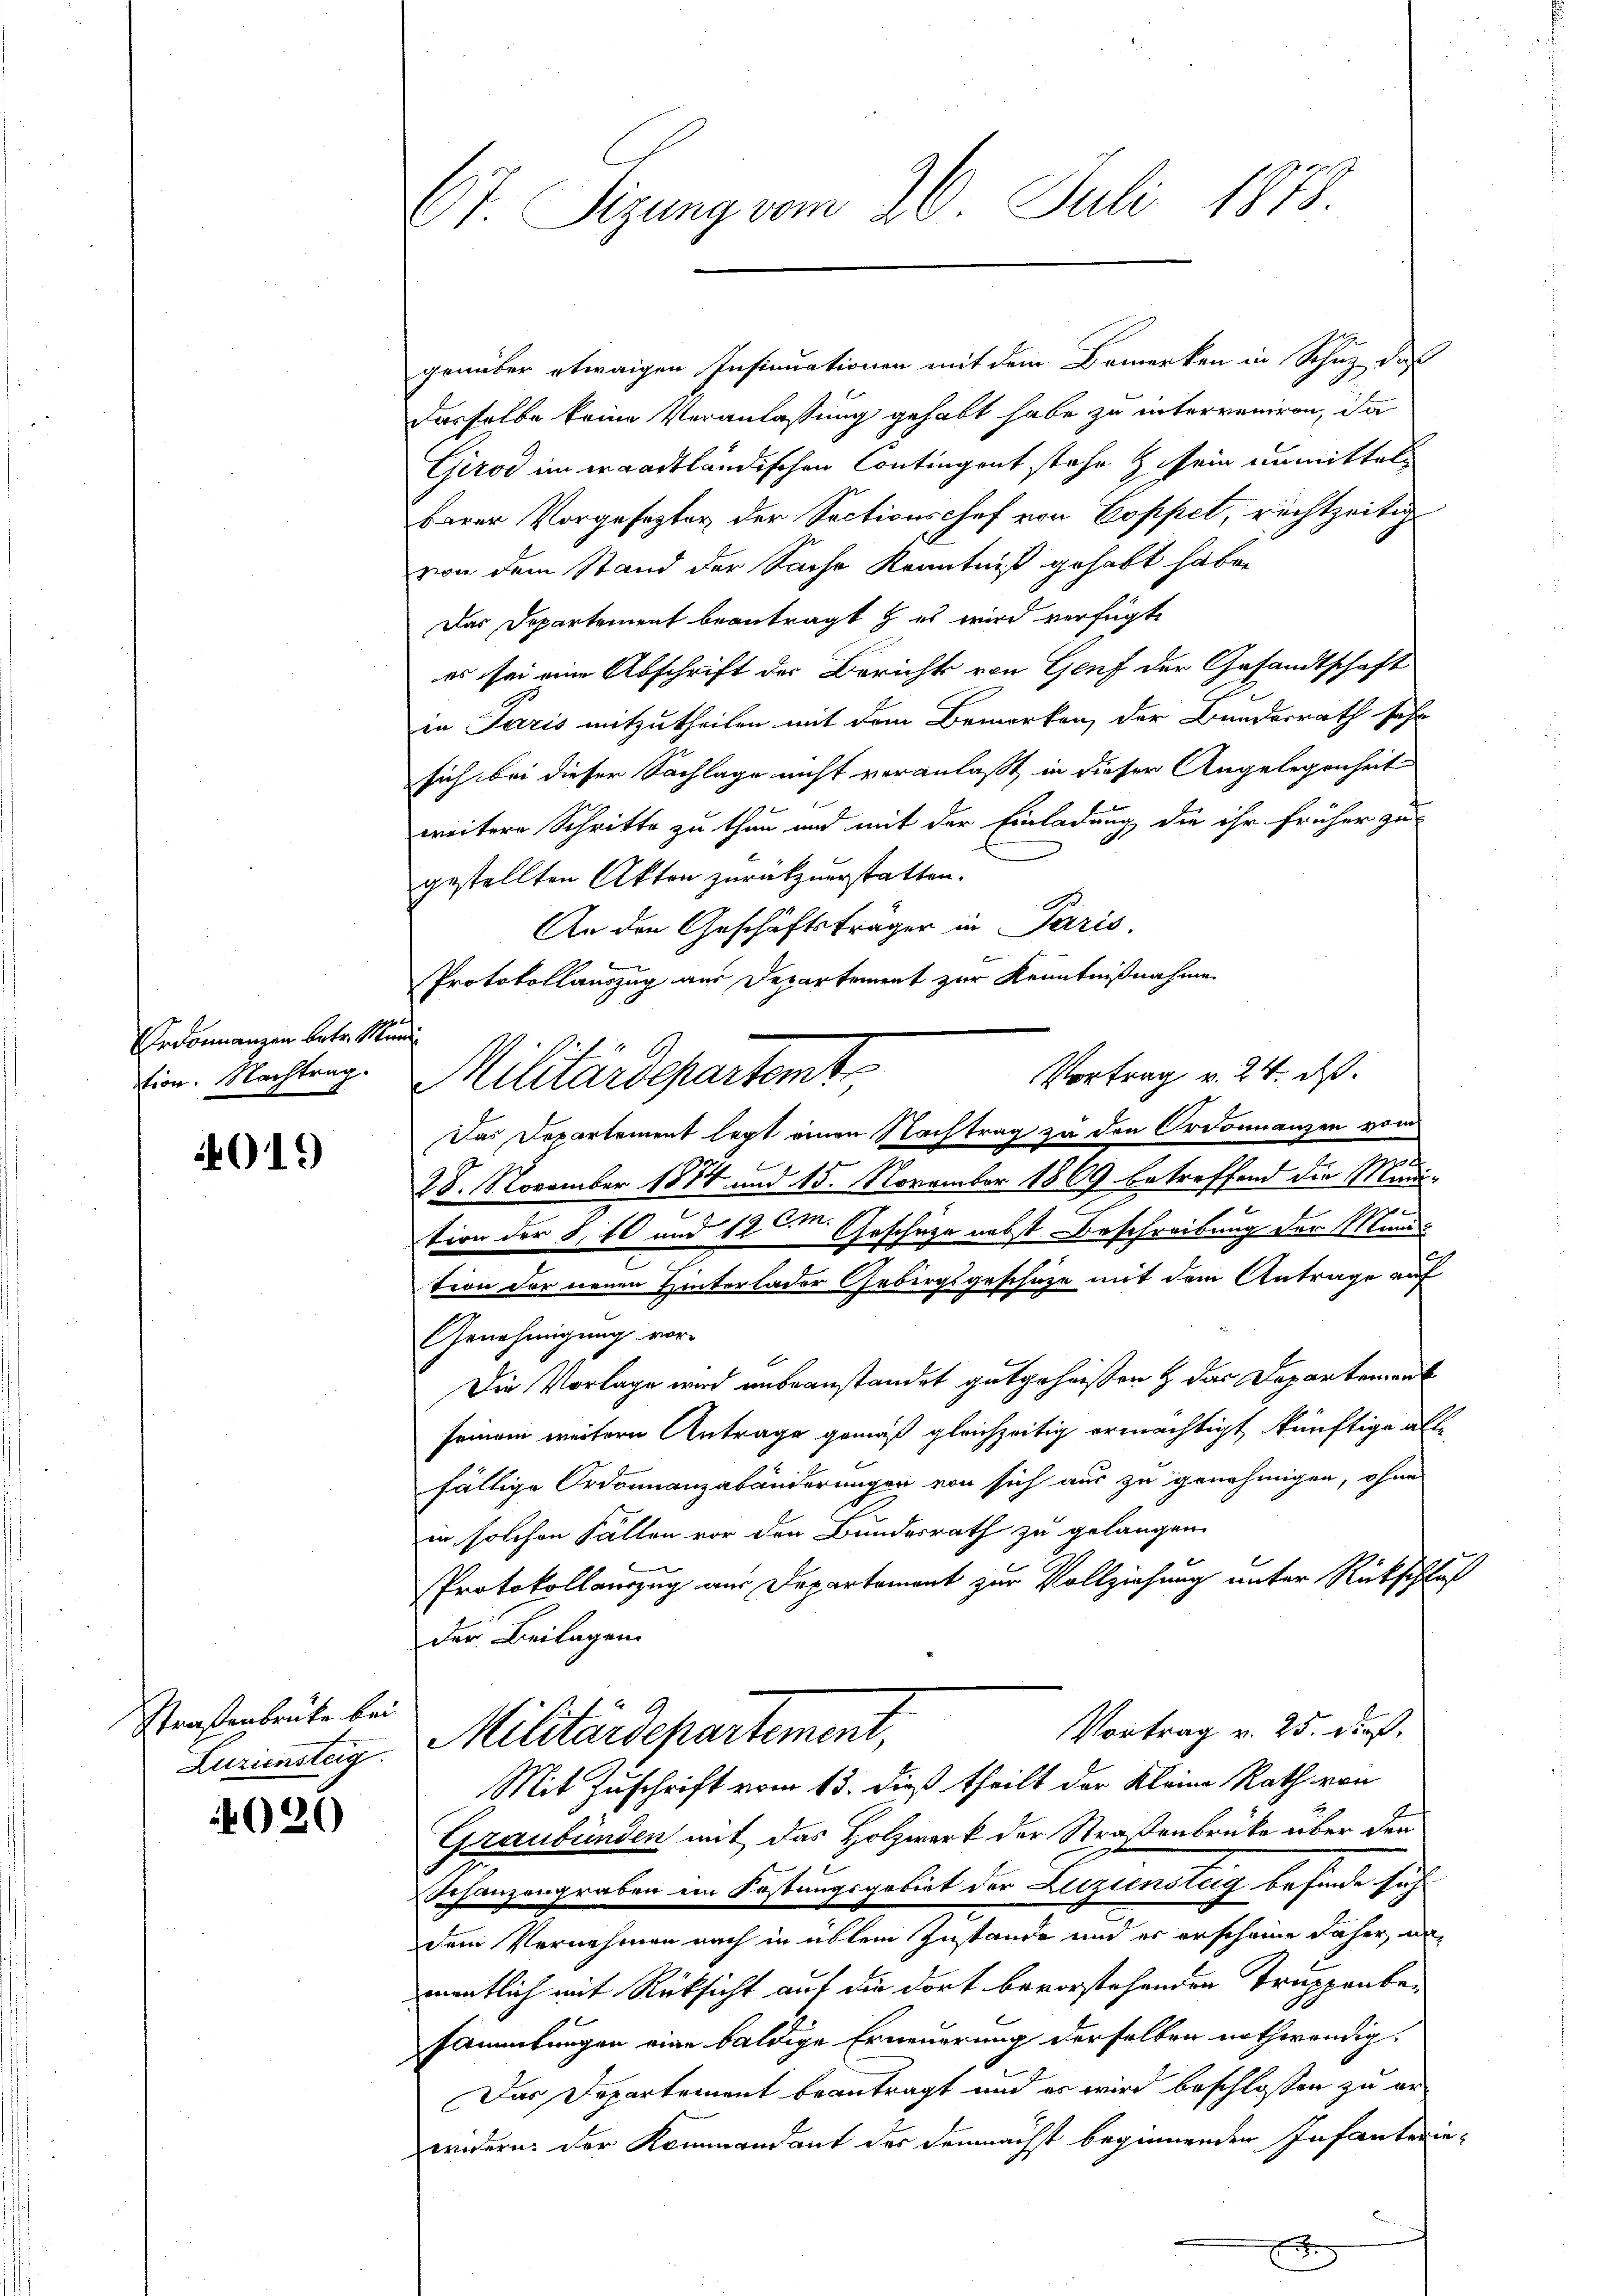
Ordonnanzen betr. Ma
tion. Nachtrag.

019

Straßenbrücke bei
Luriensteig.

1025

67. Segung vom 26. Juli 1878.

genüber etwaigen Insinuationen mit dem Bemerken in Schutz das
Dasselbe keine Veranlassung gehabt habe zu interveniren, da
Girod im eraadtländischen Contingent stehe z. sein unmittels
barer Vorgesezter der Sectionschef von Coppel, rechtzeitig
von dem Stand der Sache Kenntniß gehabt habe.
Das Departement beantragt & es wird verfügt
es sei eine Abschrift der Berichts von Genf der Gesandtschaft
in Paris mitzutheilen mit dem Bemerken, der Bundesrath sehr
sich bei dieser Sachlage nicht veranlaßt, in dieser Angelegenheit
weitere Schritte zu thun und mit der Einladung die ihr früher zu
gestellten Akten zurückzuerstatten.
An den Geschäftsträger in Paris
b
Protokollauszug aus Departement zur Kenntnißnahme
darf.
Das Departement legt einen Nachtrag zu den Ordonnanzen vom
6
28. November 1884 und 15. November 1869 betreffend die Munie

tion der S. 40 und 12ten Geschütze nebst Beschreibung der Minis
tion der neuen Hinterlader Gebirgsgeschäze mit dem Antrage auf
Genehmigung vor-
Die Vorlage wird unbeanstandet gutgeheißen & das Departement
seinem weitern Antrage gemäß gleichzeitig ermächtigt, künftige alle
fällige Ordonnanzabänderungen von sich aus zu genehmigen, ohne
in solchen Fällen vor den Bundesrath zu gelangen.
Protokollauszug aus Departement zur Vollziehung unter Rückschluß
der Beilagen
Vortrag v. 25. dieß.
Militärdepartement,
Mit Zuschrift vom 13. dieß theilt der Kleine Rath von
Graubünden mit das Holzwerk der Straßenbrüke über den
Schanzengraben im Festungsgebiet der Luziensteig befinde sich
dem Vernehmen nach in üblem Zustande und er erscheine daher, unmentlich mit Rücksicht auf die dort bevorstehenden Truppenbesammlungen eine baldige Erneuerung derselben nothwendig.
Das Departement beantragt und es wird beschlossen zu er
widern der Kommandant des demnächst beginnenden Infanterie¬

Militärdepartent

Vortrag v. 24. ds.